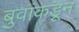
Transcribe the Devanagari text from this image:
बुवांकडून